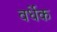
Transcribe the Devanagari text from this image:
वर्धेक